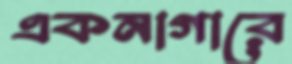
একনাগারে